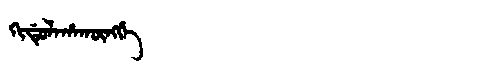
Manchu: ᡴᡳᡩᡠᠯᠠᡥᠠᡴᡡᠩᡤᡝ
Romanization: KIDULAHAKŪNGGE